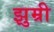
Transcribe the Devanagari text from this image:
झुम्री